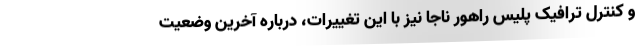
و کنترل ترافیک پلیس راهور ناجا نیز با این تغییرات، درباره آخرین وضعیت